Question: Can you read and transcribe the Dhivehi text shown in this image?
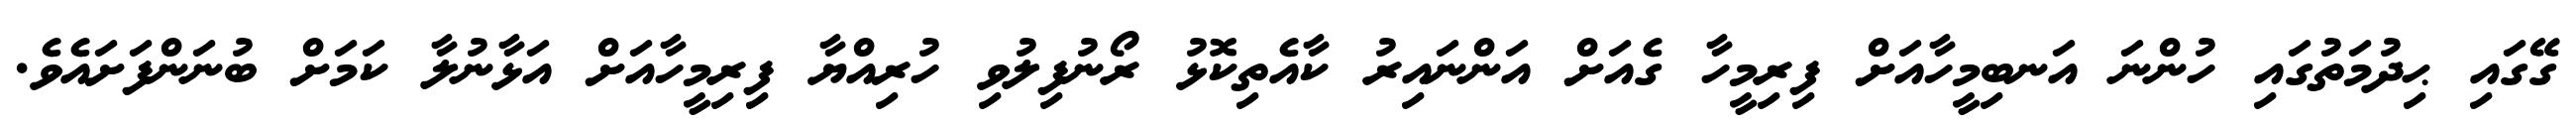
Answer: ގޭގައި ޙިދުމަތުގައި ހުންނަ އަނބިމީހާއަށް ފިރިމީހާ ގެއަށް އަންނައިރު ކާއެތިކޮޅު ރޯނުފިލުވި ހުރިއްޔާ ފިރިމީހާއަށް އަޅާނުލާ ކަމަށް ބުނަންފަށައެވެ.